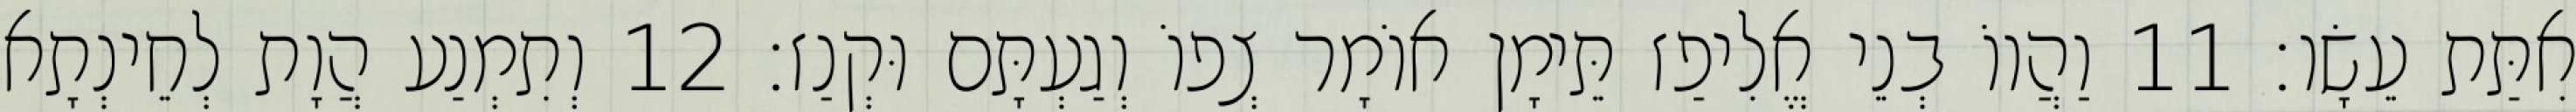
אִתַּת עֵשָׂו׃ 11 וַהֲווֹ בְנֵי אֱלִיפַז תֵּימָן אוֹמָר צְפוֹ וְגַעְתָּם וּקְנַז׃ 12 וְתִמְנַע הֲוָת לְחֵינְתָא